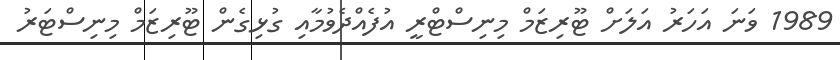
1989 ވަނަ އަހަރު އަލަށް ޓޫރިޒަމް މިނިސްޓްރީ އުފެއްދެވުމާއި ގުޅިގެން ޓޫރިޒަމް މިނިސްޓަރު